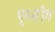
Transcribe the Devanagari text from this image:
पृथ्वीत